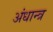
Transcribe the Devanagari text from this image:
अंधान्त्र